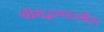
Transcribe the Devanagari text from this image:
श्रीमद्भग्वदगीता